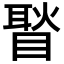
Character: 𥉔